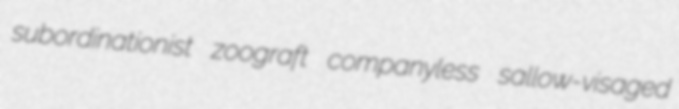
subordinationist zoograft companyless sallow-visaged